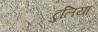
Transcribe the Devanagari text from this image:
टुलिया